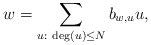
\begin{align*}w=\sum_{u:\ \deg(u)\le N} b_{w,u}u,\end{align*}